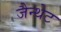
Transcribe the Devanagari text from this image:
जैन्थेट